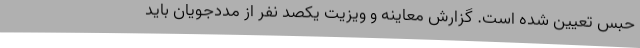
حبس تعیین شده است. گزارش معاینه و ویزیت یکصد نفر از مددجویان باید